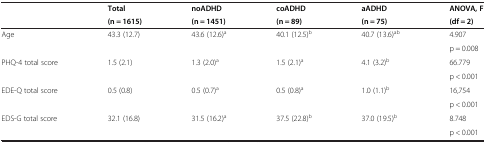
| <ROWSPAN=2>  | Total | noADHD | coADHD | aADHD | ANOVA, F |
 | (n = 1615) | (n = 1451) | (n = 89) | (n = 75) | (df = 2) |
 | --- | --- | --- | --- | --- | --- |
 | <ROWSPAN=2> Age | <ROWSPAN=2> 43.3 (12.7) | <ROWSPAN=2> 43.6 (12.6)a | <ROWSPAN=2> 40.1 (12.5)b | <ROWSPAN=2> 40.7 (13.6)ab | 4.907 |
 | p = 0.008 |
 | <ROWSPAN=2> PHQ-4 total score | <ROWSPAN=2> 1.5 (2.1) | <ROWSPAN=2> 1.3 (2.0)a | <ROWSPAN=2> 1.5 (2.1)a | <ROWSPAN=2> 4.1 (3.2)b | 66.779 |
 | p < 0.001 |
 | <ROWSPAN=2> EDE-Q total score | <ROWSPAN=2> 0.5 (0.8) | <ROWSPAN=2> 0.5 (0.7)a | <ROWSPAN=2> 0.5 (0.8)a | <ROWSPAN=2> 1.0 (1.1)b | 16,754 |
 | p < 0.001 |
 | <ROWSPAN=2> EDS-G total score | <ROWSPAN=2> 32.1 (16.8) | <ROWSPAN=2> 31.5 (16.2)a | <ROWSPAN=2> 37.5 (22.8)b | <ROWSPAN=2> 37.0 (19.5)b | 8.748 |
 | p < 0.001 |